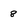
Character: 8